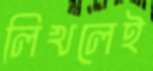
লিখলেই